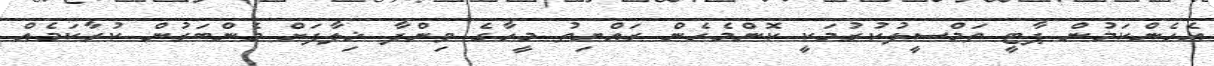
އެހެންކަމުން ޕާޓީ ތަމްސީލުކުރުމަކީ ކޮންމެހެން ރައްޔިތު މީހާގެ ވިންދާ ޚިލާފަށް މެންބަރުން ކުރާކަމެއް